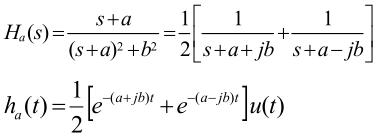
\[
\begin{align*}
H_a(s)&=\frac{s + a}{(s + a)^2 + b^2}=\frac{1}{2}\left[\frac{1}{s + a+jb}+\frac{1}{s + a - jb}\right]\\
h_a(t)&=\frac{1}{2}\left[e^{-(a + jb)t}+e^{-(a - jb)t}\right]u(t)
\end{align*}
\]